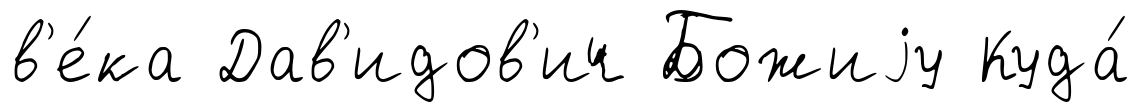
в'е́ка Дав'идов'ич Божиjу Куда́